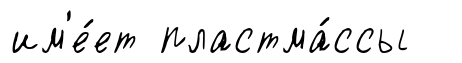
им'е́ет пластма́ссы